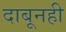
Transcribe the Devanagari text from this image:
दाबूनही